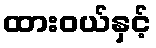
ထားဝယ်နှင့်